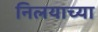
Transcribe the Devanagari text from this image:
निलयाच्या